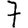
Digit: 7